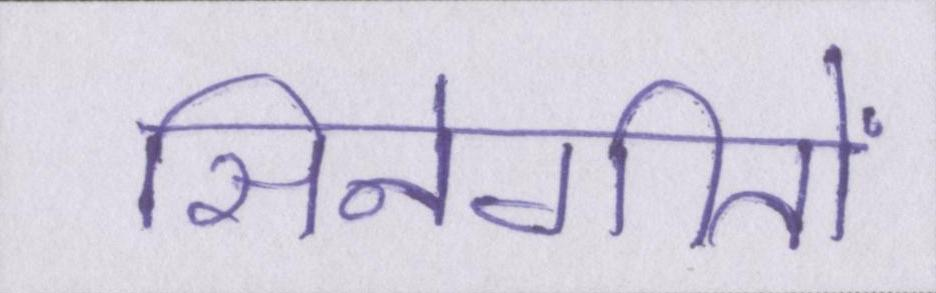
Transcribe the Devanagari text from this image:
सिनेगीतों